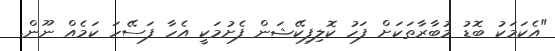
"އެކަމަކު ބޮޑު މުބާރާތަކަށް ފަހު ކޮލިފިކޭޝަން ފެށުމަކީ އެހާ ފަސޭހަ ކަމެއް ނޫން.